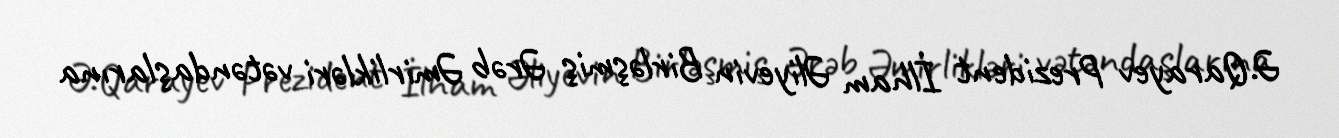
Ə.Qarayev Prezident İlham Əliyevin Birləşmiş Ərəb Əmirlikləri vətəndaşlarına